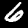
Label: 6